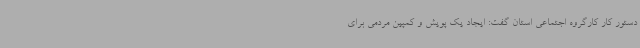
دستور کار کارگروه اجتماعی استان گفت: ایجاد یک پویش و کمپین مردمی برای